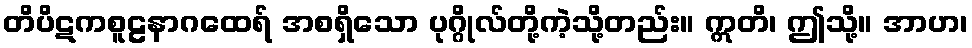
တိပိဋကစူဠနာဂထေရ် အစရှိသော ပုဂ္ဂိုလ်တို့ကဲ့သို့တည်း။ ဣတိ၊ ဤသို့။ အာဟ၊